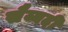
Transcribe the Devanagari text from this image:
सैय्यदी